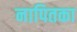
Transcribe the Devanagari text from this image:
नापितका